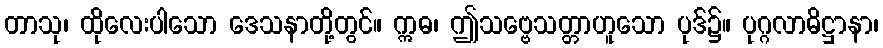
တာသု၊ ထိုလေးပါသော ဒေသနာတို့တွင်။ ဣဓ၊ ဤသဗ္ဗေသတ္တာဟူသော ပုဒ်၌။ ပုဂ္ဂလာဓိဋ္ဌာနာ၊